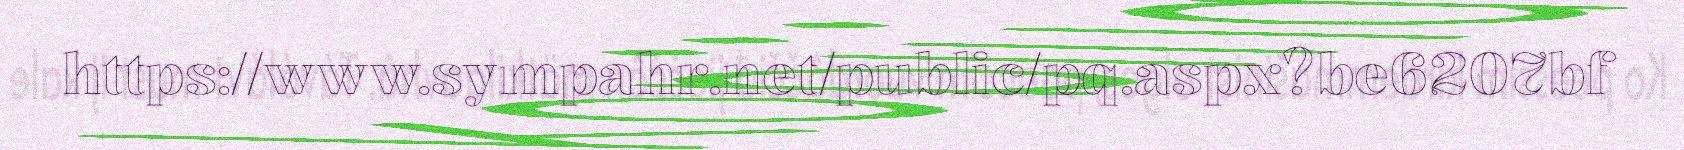
https://www.sympahr.net/public/pq.aspx?be6207bf